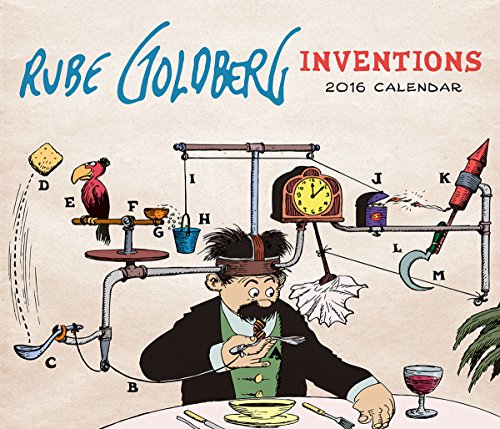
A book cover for Rube Goldberg Inventions 2016 Wall Calendar; Jennifer George; Calendars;